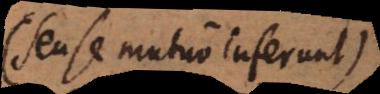
se mutuo inferunt